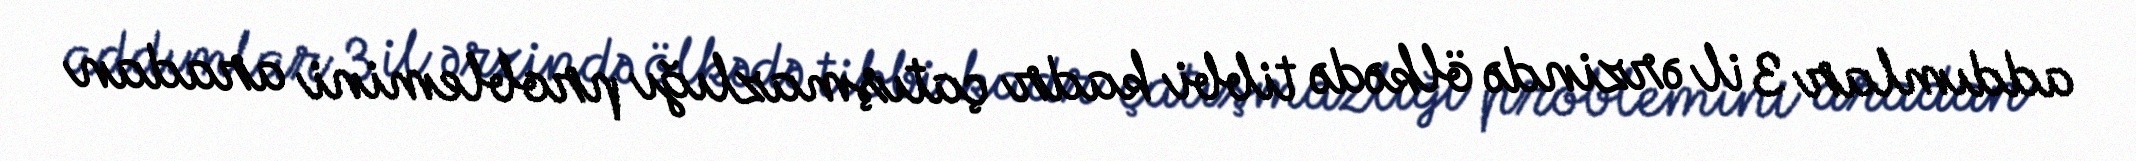
addımlar 3 il ərzində ölkədə tibbi kadr çatışmazlığı problemini aradan